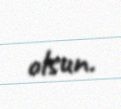
olsun.